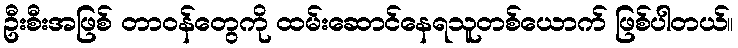
ဦးစီးအဖြစ် တာဝန်တွေကို ထမ်းဆောင်နေရသူတစ်ယောက် ဖြစ်ပါတယ်။